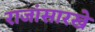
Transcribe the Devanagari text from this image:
राजांसारखे